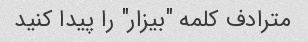
مترادف کلمه "بیزار" را پیدا کنید